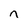
Character: n